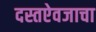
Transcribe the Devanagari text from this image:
दस्तऐवजाचा